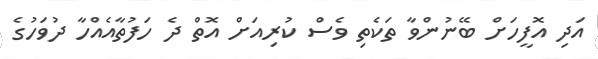
އަދި އޮފީހަށް ބޭނުންވާ ތަކެތި ވެސް ކުރިއަށް އޮތް ދެ ހަފުތާއެއްހާ ދުވަހުގެ